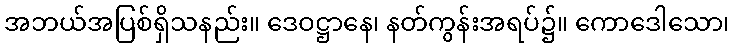
အဘယ်အပြစ်ရှိသနည်း။ ဒေဝဋ္ဌာနေ၊ နတ်ကွန်းအရပ်၌။ ကောဒေါသော၊